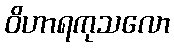
ဝိဟာရကုသလော